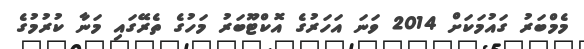
މެމްބަރު ގައުމަކަށް 2014 ވަނަ އަހަރުގެ އޮކްޓޫބަރު މަހުގެ ތެރޭގައި މަނާ ކުރުމުގެ